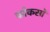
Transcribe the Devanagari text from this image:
फोकसों